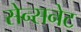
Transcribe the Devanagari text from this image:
सेन्सनेट